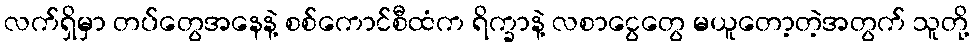
လက်ရှိမှာ တပ်တွေအနေနဲ့ စစ်ကောင်စီထံက ရိက္ခာနဲ့ လစာငွေတွေ မယူတော့တဲ့အတွက် သူတို့